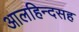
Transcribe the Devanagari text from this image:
आलहिन्दसह